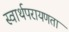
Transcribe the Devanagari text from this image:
स्वार्थपरायणता